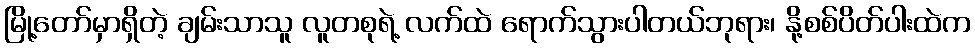
မြို့တော်မှာရှိတဲ့ ချမ်းသာသူ လူတစုရဲ့ လက်ထဲ ရောက်သွားပါတယ်ဘုရား၊ နို့စစ်ပိတ်ပါးထဲက